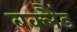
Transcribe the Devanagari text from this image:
बक्लैंड